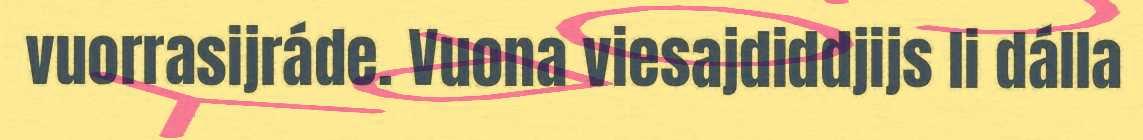
vuorrasijráde. Vuona viesajdiddjijs li dálla